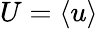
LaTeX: U=\langle u\rangle